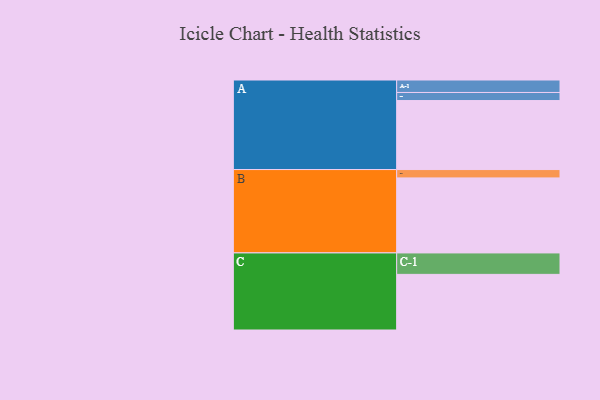
{"axis": {"x": "Segment", "y": "Value"}, "legend": ["", "A", "B", "C"], "data": [{"x": "A", "y": 470, "type": ""}, {"x": "B", "y": 511, "type": ""}, {"x": "C", "y": 379, "type": ""}, {"x": "A-1", "y": 85, "type": "A"}, {"x": "A-2", "y": 55, "type": "A"}, {"x": "B-1", "y": 57, "type": "B"}, {"x": "C-1", "y": 146, "type": "C"}]}